Report on the working of the mental hospitals for Indians in Bihar and Orissa - 1925-1929
Year: 1925
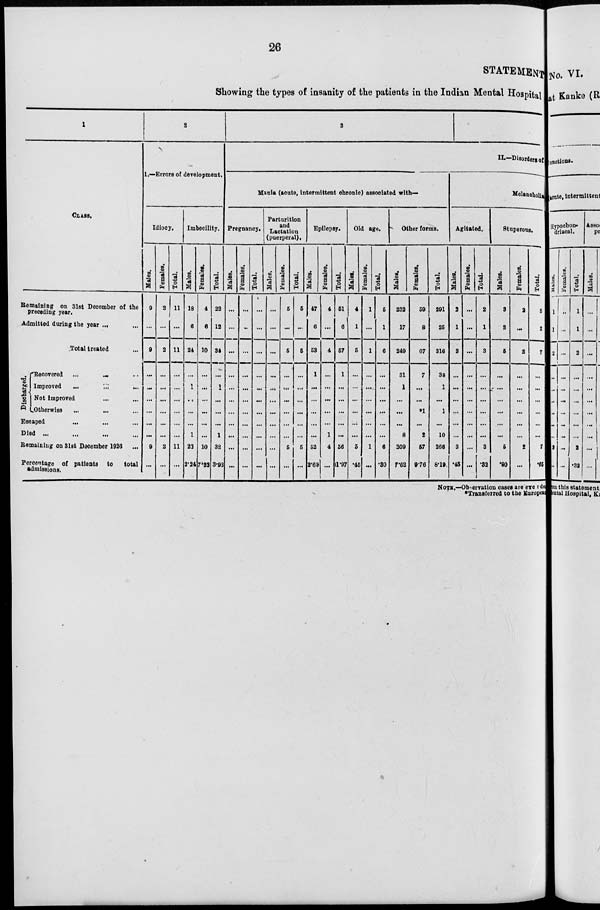
26
STATEMENT
Showing the types of insanity of the patients in the Indian Mental Hospital
1
CLASS.
Remaining on 31st December of the
preceding year.
Admitted during the year ... ...
Total treated ...
Discharged.
Recovered ... ... ...
Improved
...
...
...
Not improved ... ...
Otherwise
...
...
...
Escaped
...
... ...
Died ... ... ... ...
Remaining on 31st December 1926 ...
Percentage of patients to
total
admissions.
2
1.—Errors of development.
Idiocy.
Males.
9
...
9
...
...
...
...
...
...
9
...
Females.
2
...
2
...
...
...
...
...
...
2
...
Total.
11
...
11
...
...
...
...
...
...
11
...
Imbecility.
Males.
18
6
24
...
1
...
...
...
1
22
2.24
Females.
4
6
10
...
...
...
...
...
...
10
7.32
Total.
22
12
34
...
1
...
...
...
1
32
3.93
3
II.—Disorders of
Mania (acute, intermittent chronic) associated with—
Pregnancy.
Males.
...
...
...
...
...
...
...
...
...
...
...
Females.
...
...
...
...
...
...
...
...
...
...
...
Total.
...
...
...
...
...
...
...
...
...
...
...
Parturition
and
Lactation
(puerperal).
Males.
...
...
...
...
...
...
...
...
...
...
...
Females.
5
...
5
...
...
...
...
...
...
5
...
Total.
5
...
5
...
...
...
...
...
...
5
...
Epilepsy.
Males.
47
6
53
1
...
...
...
...
...
52
2.69
Females.
4
...
4
...
...
...
...
...
1
4
...
Total.
51
6
57
1
...
...
...
...
...
56
1.97
Old age.
Males.
4
1
5
...
...
...
...
...
...
5
.45
Females.
1
...
1
...
...
...
...
...
...
1
...
Total.
5
1
6
...
...
...
...
...
...
6
.30
Other forms.
Males.
232
17
249
31
1
...
...
...
8
209
7.62
Females.
59
8
67
7
...
...
*1
...
2
57
9.76
Total.
291
25
316
38
1
...
1
...
10
266
8.19
Melancholia
Agitated.
Males.
2
1
3
...
...
...
...
...
...
3
.45
Females.
...
...
...
...
...
...
...
...
...
...
...
Total.
2
1
3
...
...
...
...
...
...
3
.32
Stuporous.
Males.
3
2
5
...
...
...
...
...
...
5
.90
Females.
2
...
2
...
...
...
...
...
...
2
...
Total.
5
2
7
...
...
...
...
...
...
7
.65
NOTE.—Observation cases are excluded
*Transferred to the European